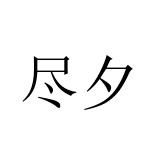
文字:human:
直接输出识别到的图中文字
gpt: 尽夕